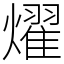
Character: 燿